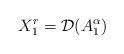
LaTeX: \begin{align*}X_1^r=\mathcal{D}(A_1^\alpha)\end{align*}